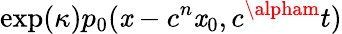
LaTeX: \exp(\kappa)p_{0}(\mathit{x}-c^{n}\mathit{x}_{0},c^{\alpham}t)